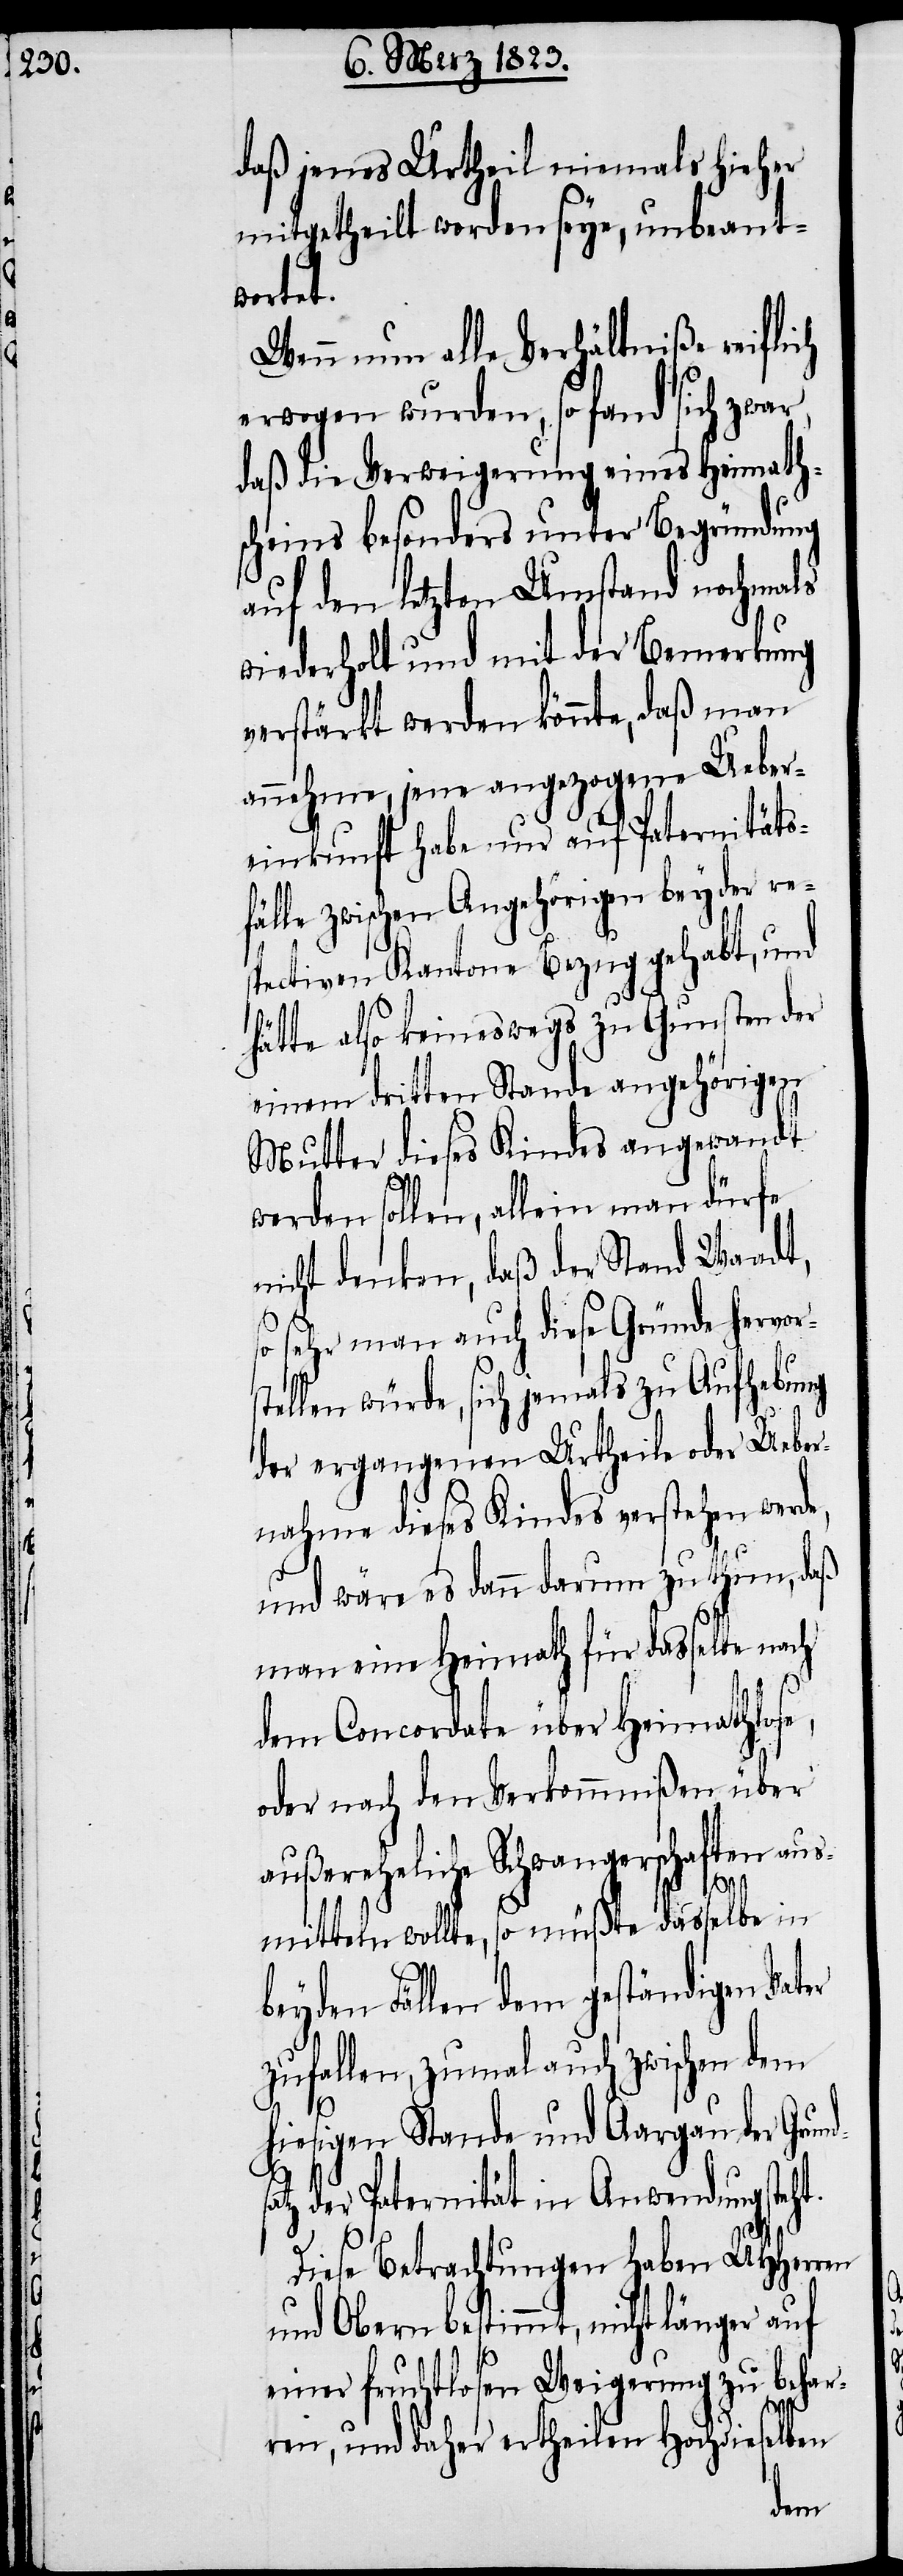
daß jenes Urtheil niemals hieher
mitgetheilt worden seye, unbeant¬
undsat¬
Wenn nun alle Verhältniße reiflich
erwogen wurden, so fand sich zwar,
daß die Verweigerung eines Heimath¬
scheins besonders unter Begründung
auf den letzten Umstand nochmals
wiederholt und mit der Bemerkung
verstärkt werden könnte, daß man
annehme, jene angezogene Ueber¬
einkunft habe nur auf Paternitäts¬
fälle zwischen Angehörigen beyder re¬
spectiven Kantone Bezug gehabt, und
hätte also keineswegs zu Gunsten der
einem dritten Stande angehörigen
Mutter dieses Kindes angewandt
werden sollen, allein man dürfe
nicht denken, daß der Stand Waadt,
sehr man auch diese Gründe hervor¬
tellen würde, sich jemals zu Aufhebung
der ergangenen Urtheile oder Ueber¬
nahme dieses Kindes verstehen werde,
s¬
und wäre es dann darum zu thun, daß
man eine Heimath für dasselbe nach
t.
dem Concordate über Heimathlose,
oder nach den Verkommnißen über
außereheliche Schwangerschaften aus¬
mitteln wollte, so müßte dasselbe in
beyden Fällen dem geständigen Vater
zufallen, zumal auch zwischen dem
hiesigen Stande und Aargau der Gr¬
z der Paternität in Anwendung steh¬
Diese Betrachtungen haben UHHerren
und Obern bestimmt, nicht länger
einer fruchtlosen Weigerung zu behar¬
ren, und daher ertheilen Hochdieselben